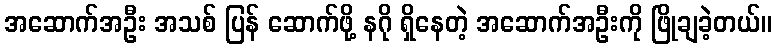
အဆောက်အဦး အသစ် ပြန် ဆောက်ဖို့ နဂို ရှိနေတဲ့ အဆောက်အဦးကို ဖြိုချခဲ့တယ်။